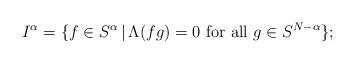
LaTeX: \begin{align*} I^\alpha =\{f\in S^\alpha \,\vert\, \Lambda(fg) = 0 \ \mbox{for all} \ g\in S^{N-\alpha }\}; \end{align*}